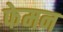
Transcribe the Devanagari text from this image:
फेमन